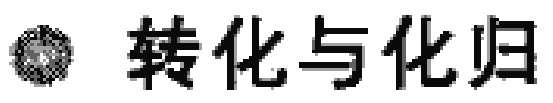
转化与化归